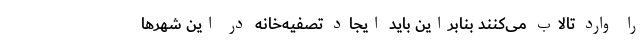
را وارد تالاب می‌کنند بنابراین باید ایجاد تصفیه‌خانه در این شهرها